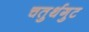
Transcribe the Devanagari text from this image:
चतुर्थगुट